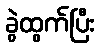
ခွဲထွက်ပြီး